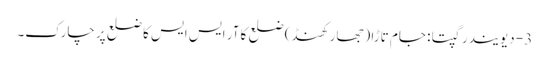
3- دیویندر گپتا : جام تاڑا (جھار کھنڈ) ضلع کا آر ایس ایس کا ضلع پرچارک۔